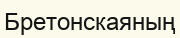
Бретонскаяның